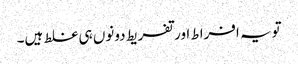
تویہ افراط اور تفریط دونوں ہی غلط ہیں۔